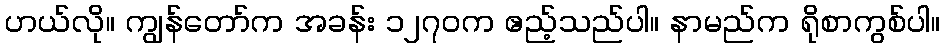
ဟယ်လို။ ကျွန်တော်က အခန်း ၁၂၇၀က ဧည့်သည်ပါ။ နာမည်က ရိုစာကွစ်ပါ။